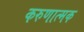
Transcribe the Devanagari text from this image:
करुणात्मक